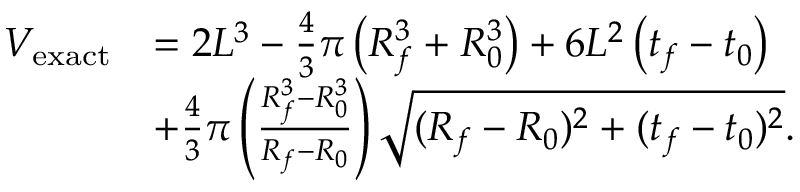
\begin{array} { r l } { V _ { \mathrm { e x a c t } } } & { = 2 L ^ { 3 } - \frac { 4 } { 3 } \pi \left( R _ { f } ^ { 3 } + R _ { 0 } ^ { 3 } \right) + 6 L ^ { 2 } \left( t _ { f } - t _ { 0 } \right) } \\ & { + \frac { 4 } { 3 } \pi \left( \frac { R _ { f } ^ { 3 } - R _ { 0 } ^ { 3 } } { R _ { f } - R _ { 0 } } \right) \sqrt { ( R _ { f } - R _ { 0 } ) ^ { 2 } + ( t _ { f } - t _ { 0 } ) ^ { 2 } } . } \end{array}